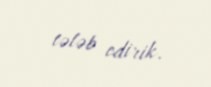
tələb edirik.